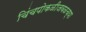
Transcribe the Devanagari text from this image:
चिंचपोकळीजवळच्या